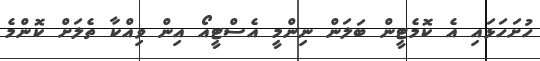
ހުށަހަޅައި އެ ކޮމެޓީން ބަލަން ނިންމީ އެސްޓީއޯ އިން ވިއްކާ ތެލަށް ކޮންމެ